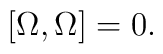
\left[ \Omega ,\Omega \right] =0.